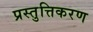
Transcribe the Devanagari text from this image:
प्रस्तुत्तिकरण